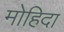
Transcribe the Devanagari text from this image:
मोहिदा